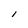
Character: l